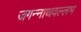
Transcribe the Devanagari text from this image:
जगन्नाथवल्लभ